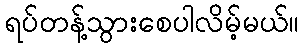
ရပ်တန့်သွားစေပါလိမ့်မယ်။